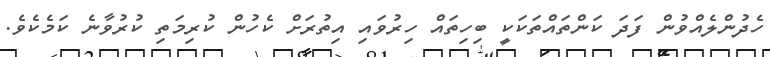
ހެދުންލެއްވުން ފަދަ ކަންތައްތަކަކީ ބިހިތައް ހިރުވައި އިތުރަށް ކެހުން ކުރިމަތި ކުރުވާނެ ކަމެކެވެ.